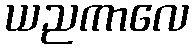
ယညကာလေ